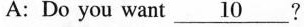
A:Do you want \underline{10}?